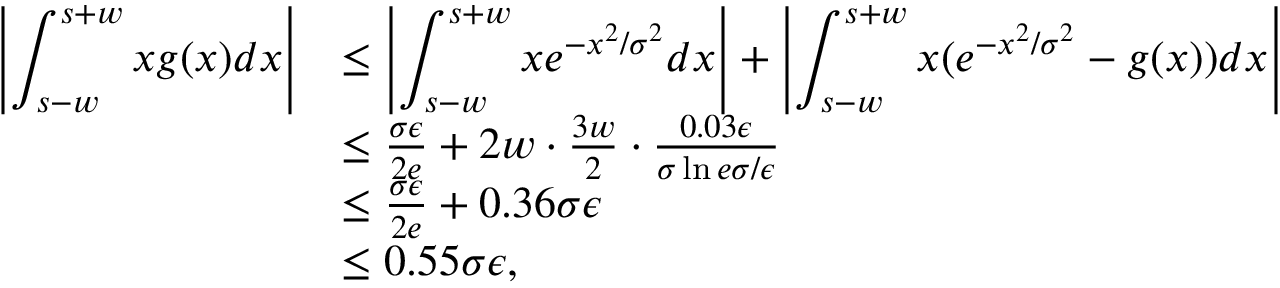
\begin{array} { r l } { \left| \displaystyle \int _ { s - w } ^ { s + w } x g ( x ) d x \right| } & { \le \left| \displaystyle \int _ { s - w } ^ { s + w } x e ^ { - x ^ { 2 } / \sigma ^ { 2 } } d x \right| + \left| \displaystyle \int _ { s - w } ^ { s + w } x ( e ^ { - x ^ { 2 } / \sigma ^ { 2 } } - g ( x ) ) d x \right| } \\ & { \le \frac { \sigma \epsilon } { 2 e } + 2 w \cdot \frac { 3 w } { 2 } \cdot \frac { 0 . 0 3 \epsilon } { \sigma \ln { e \sigma / \epsilon } } } \\ & { \le \frac { \sigma \epsilon } { 2 e } + 0 . 3 6 \sigma \epsilon } \\ & { \le 0 . 5 5 \sigma \epsilon , } \end{array}